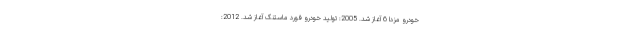
خودرو مزدا 6 آغاز شد. 2005: تولید خودرو فورد ماستنگ آغاز شد. 2012: